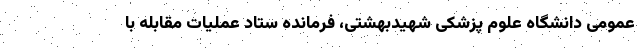
عمومی دانشگاه علوم پزشکی شهیدبهشتی، فرمانده ستاد عملیات مقابله با